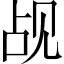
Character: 觇